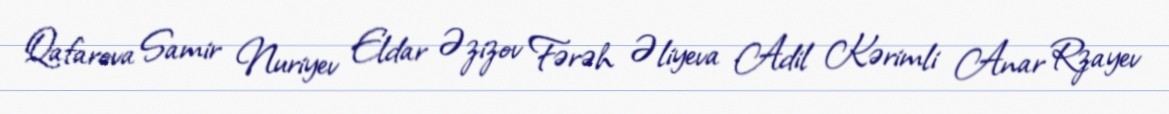
Qafarova Samir Nuriyev Eldar Əzizov Fərəh Əliyeva Adil Kərimli Anar Rzayev